Civil Veterinary Dept. Bombay admin report 1914-1922 - 1914-1922
Year: 1914
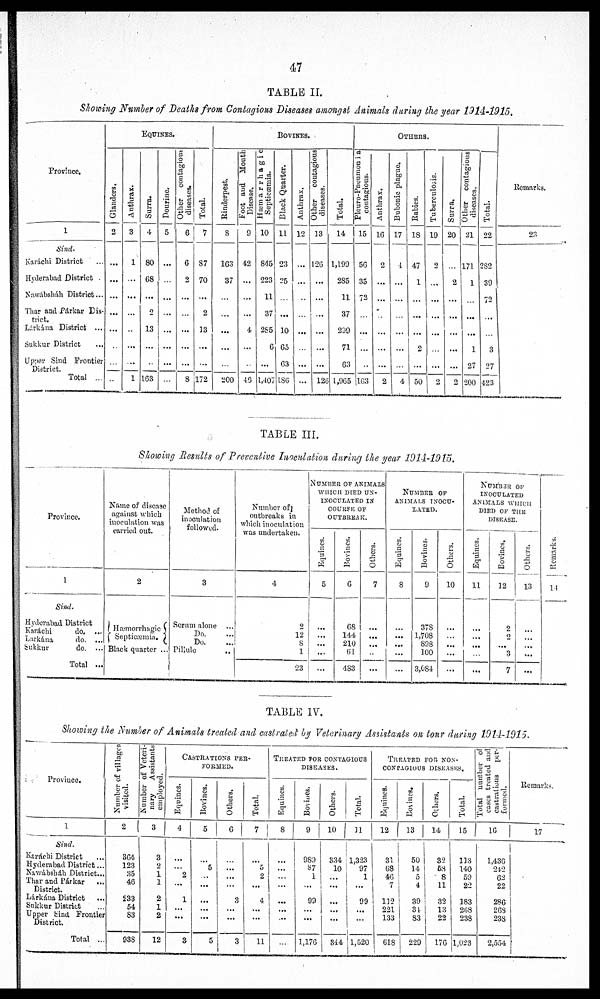
47
TABLE II.
Showing Number of Deaths from Contagious Diseases amongst Animals during the year 1914-1915.
Province.
1
Sind.
Karáchi District ...
Hyderabad District
Nawábsháh District...
Thar and Párkar Dis-
trict.
Lárkána District ...
Sukkur District ...
Upper Sind Frontier
District.
Total ...
EQUINES.
Glanders.
2
...
...
...
...
...
...
...
...
Anthrax.
3
1
...
...
...
...
...
...
1
Surra.
4
80
68
...
2
13
...
...
163
Dourine.
5
...
...
...
...
...
...
...
...
Other
contagious
diseases.
6
6
2
...
...
...
...
...
8
Total.
7
87
70
...
2
13
...
...
172
BOVINES.
Rinderpest.
8
163
37
...
...
...
...
...
200
Foot and Mouth
Disease.
9
42
...
...
...
4
...
...
46
Hæmarrhagic
Septicæmia.
10
845
223
11
37
285
6
...
1,407
Black Quarter.
11
23
25
...
...
10
65
63
186
Anthrax.
12
...
...
...
...
...
...
...
…
Other
contagious
diseases.
13
126
...
...
...
...
...
...
126
Total.
14
1,199
285
11
37
299
71
63
1,965
OTHERS.
Pleuro-Pneumonia
contagious.
15
56
35
72
...
...
...
...
l63
Anthrax.
16
2
...
...
...
...
...
...
2
Bubonic plague.
17
1
...
...
...
...
...
...
4
Rabies.
18
47
1
...
...
...
2
...
50
Tuberculosis.
19
2
...
...
...
...
...
...
...
Surra.
20
...
2
...
...
...
...
...
...
Other contagious
diseases.
21
171
1
...
...
...
1
27
200
Total.
22
282
39
72
...
...
3
27
423
Remarks.
23
TABLE III.
Showing Results of Preventive Inoculation during the year 1914-1915.
Province.
1
Sind.
Hyderabad District
Karáchi
do. ...
Larkána
do. ...
Sukkur
do. ...
Total ...
Name of disease
against which
inoculation was
carried out.
2
Hæmorrhagic
Septicæmia.
Black quarter ...
Method of
inoculation
followed.
3
Serum alone …
Do. …
Do.
Pillule …
Number of
outbreaks in
which inoculation
was undertaken.
4
2
12
8
1
23
NUMBER OF ANIMALS
WHICH DIED UN¬
INOCULATED IN
COURSE OF
OUTBREAK.
Equines.
5
...
...
...
...
...
Bovines.
6
68
144
210
61
483
Others.
7
...
...
...
...
...
NUMBER
OF
ANIMALS
INOCU-
LATED.
Equines.
8
...
...
...
...
...
Bovines.
9
378
1,708
898
100
3,084
Others.
10
...
...
...
...
...
NUMBER
OF
INOCULATED
ANIMALS WHICH
DIED OF THE
DISEASE.
Equines.
11
...
...
...
...
...
Bovines.
12
2
2
...
3
7
Others.
13
...
...
...
...
...
Remarks.
14
TABLE IV.
Showing the Number of Animals treated and castrated by Veterinary Assistants on tour during 1914-1915.
Province.
1
Sind.
Karáchi District …
Hyderabad District ...
Nawábsháh District ...
Thar and Párkar
...
District.
Lárkána District …
Sukkur District …
Upper Sind Frontier
District.
Total …
Number of villages
visited.
2
364
123
35
46
233
54
83
938
Number of Veteri-
nary
Assistants
employed.
3
3
2
1
1
2
1
2
12
CASTRATIONS
PER-
------.
Equines.
4
...
...
2
...
1
...
...
3
Bovines.
5
...
5
...
...
...
...
...
5
Others.
6
...
...
...
...
3
...
...
3
Total.
7
...
5
2
...
4
...
...
11
TREATED FOR CONTAGIOUS
DISEASES.
Equines.
8
...
...
...
...
...
...
...
...
Bovines.
9
989
87
1
...
99
…
…
1,176
Others.
10
334
10
...
...
...
...
...
344
Total.
11
1,323
97
1
...
99
...
...
1,520
TREATED
FOR
NON-
----------
DISEASES.
Equines.
12
31
68
46
7
112
221
133
618
Bovines.
13
50
14
5
4
39
34
83
229
Others.
14
32
58
8
11
32
13
22
176
Total.
15
113
140
59
22
183
268
238
1,023
Total number of
cases treated and
castrations
per-
formed.
16
1,436
212
62
22
286
268
238
2,554
Remarks.
17